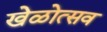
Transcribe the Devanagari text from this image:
खेळोत्सव